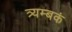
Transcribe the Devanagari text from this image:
त्र्यम्‍बकं